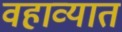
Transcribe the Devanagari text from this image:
वहाव्यात